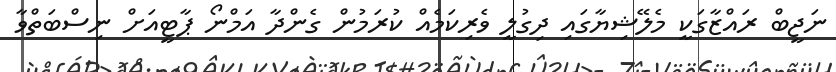
ނަޖީބް ރައްޒާގަކީ މެލޭޝިޔާގައި ދިގުލީ ވެރިކަމެއް ކުރަމުން ގެންދާ އަމްނޯ ޕާޓީއަށް ނިސްބަތްވާ